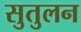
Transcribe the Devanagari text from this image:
सुतुलन